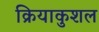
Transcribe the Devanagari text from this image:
क्रियाकुशल